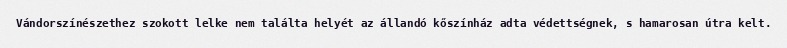
Vándorszínészethez szokott lelke nem találta helyét az állandó kőszínház adta védettségnek, s hamarosan útra kelt.